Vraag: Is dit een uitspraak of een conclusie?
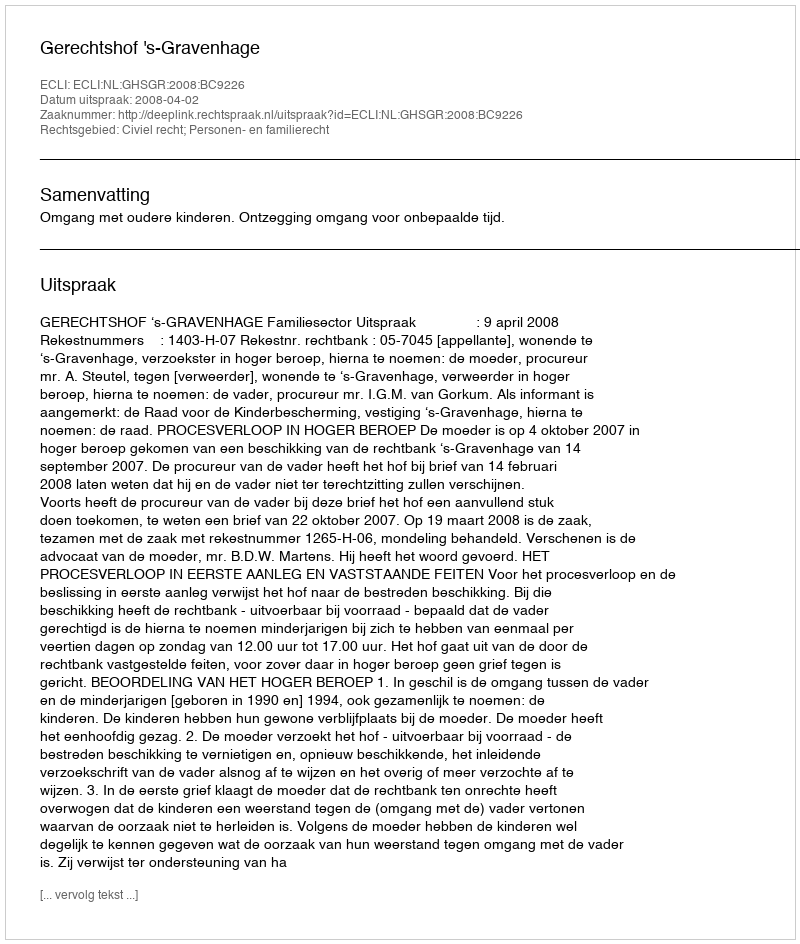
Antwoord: Uitspraak